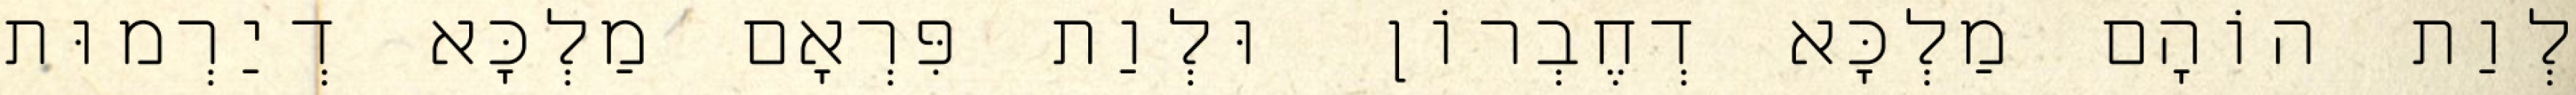
לְוַת הוֹהָם מַלְכָּא דְחֶבְרוֹן וּלְוַת פִּרְאָם מַלְכָּא דְיַרְמוּת